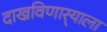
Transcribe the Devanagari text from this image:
दाखविणार्‍याला